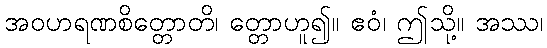
အဝဟရဏစိတ္တောတိ၊ တ္တောဟူ၍။ ဧဝံ၊ ဤသို့။ အဿ၊